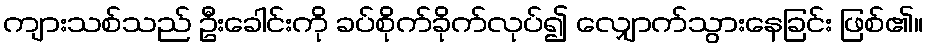
ကျားသစ်သည် ဦးခေါင်းကို ခပ်စိုက်ခိုက်လုပ်၍ လျှောက်သွားနေခြင်း ဖြစ်၏။